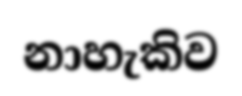
නාහැකිව